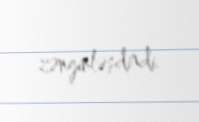
zənginləşdirdi.